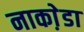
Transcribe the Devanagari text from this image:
नाका़ेडा